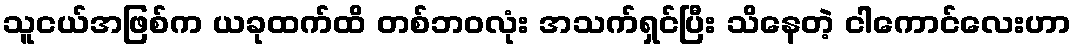
သူငယ်အဖြစ်က ယခုထက်ထိ တစ်ဘဝလုံး အသက်ရှင်ပြီး သိနေတဲ့ ငါကောင်လေးဟာ